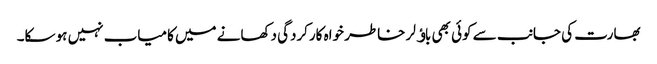
بھارت کی جانب سے کوئی بھی باﺅلر خاطر خواہ کارکردگی دکھانے میں کامیاب نہیں ہو سکا۔